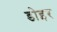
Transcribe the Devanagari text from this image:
डोइर